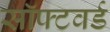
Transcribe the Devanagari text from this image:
सॉफ्टवर्ड